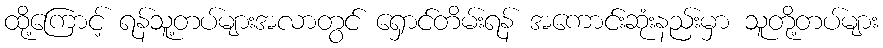
ထို့ကြောင့် ရန်သူ့တပ်များအလာတွင် ရှောင်တိမ်းရန် အကောင်းဆုံးနည်းမှာ သူတို့တပ်များ